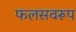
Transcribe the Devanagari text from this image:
फलसवरूप